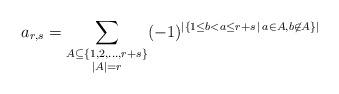
LaTeX: \begin{align*}a_{r,s}=\sum_{\substack{A\subseteq \{1,2,\ldots, r+s\}\\ |A|=r}}(-1)^{|\{1\le b<a\le r+s\,|\,a\in A, b\not\in A\}|}\end{align*}